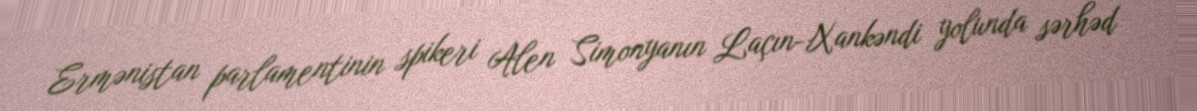
Ermənistan parlamentinin spikeri Alen Simonyanın Laçın-Xankəndi yolunda sərhəd